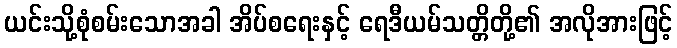
ယင်းသို့စုံစမ်းသောအခါ အိပ်စရေးနှင့် ရေဒီယမ်သတ္တိတို့၏ အလိုအားဖြင့်